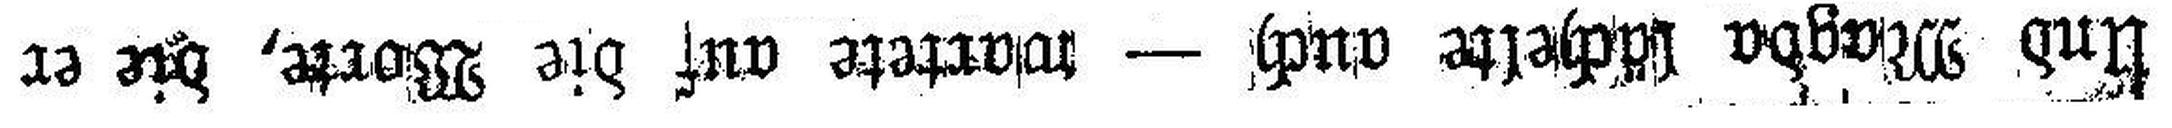
Und Magda lächelte auch — wartete auf die Worte, die er